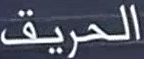
الحريق